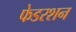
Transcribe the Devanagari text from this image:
फेडरशन